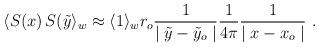
LaTeX: \begin{align*}\langle S(x)\,S(\tilde{y}\rangle_w\approx\langle1\rangle_w r_o{1\over\mid\tilde{y}-\tilde{y}_o \mid}{1\over 4\pi}{1\over \mid x-x_o\mid}\,\,.\end{align*}